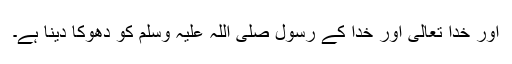
اور خدا تعالی اور خدا کے رسول صلی اللہ علیہ وسلم کو دھوکا دینا ہے۔